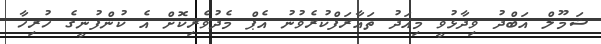
ޝަމޫލް އަބްދު ވިދާޅުވީ މިއަދު ތައާރަފްކުރެވުނު އެޕް މެދުވެރިކޮށް އެ ކުންފުނީގެ ހުރިހާ